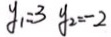
y _ { 1 } = 3 y _ { 2 } = - 2